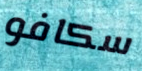
سكافو